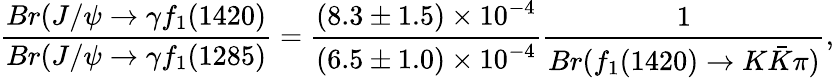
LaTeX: \frac{Br(J/\psi\rightarrow\gamma f_{1}(1420)}{Br(J/\psi\rightarrow\gamma f_{1}(1285)}=\frac{(8.3\pm 1.5)\times 10^{-4}}{(6.5\pm 1.0)\times 10^{-4}}\frac{1}{Br(f_{1}(1420)\rightarrow K\bar{K}\pi)},